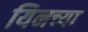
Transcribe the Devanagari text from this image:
यिनच्या